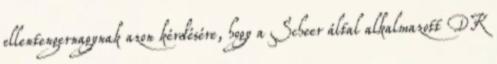
ellentengernagynak azon kérdésére, hogy a Scheer által alkalmazott DK